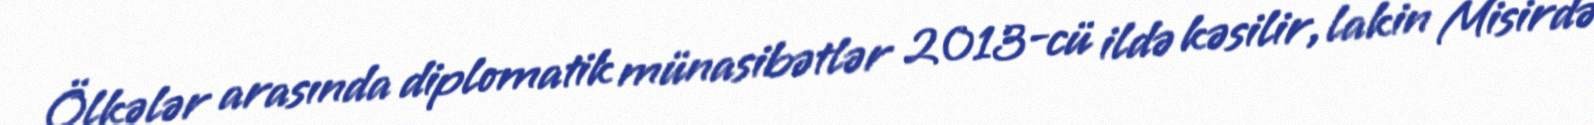
Ölkələr arasında diplomatik münasibətlər 2013-cü ildə kəsilir, lakin Misirdə